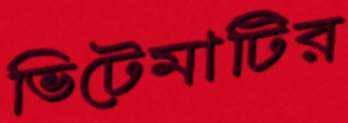
ভিটেমাটির